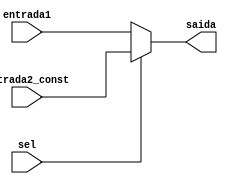
// Mdulo MUX
module MUX (input sel, input[7:0] entrada1, entrada2_const, output reg[7:0] saida);
	always@(*)
		begin
			if(sel == 0)
				saida = entrada1;
			else
				saida = entrada2_const;
		end
endmodule